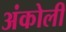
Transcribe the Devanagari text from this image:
अंकोली